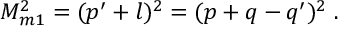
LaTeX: M _ { m 1 } ^ { 2 } = ( p ^ { \prime } + l ) ^ { 2 } = ( p + q - q ^ { \prime } ) ^ { 2 } \; .